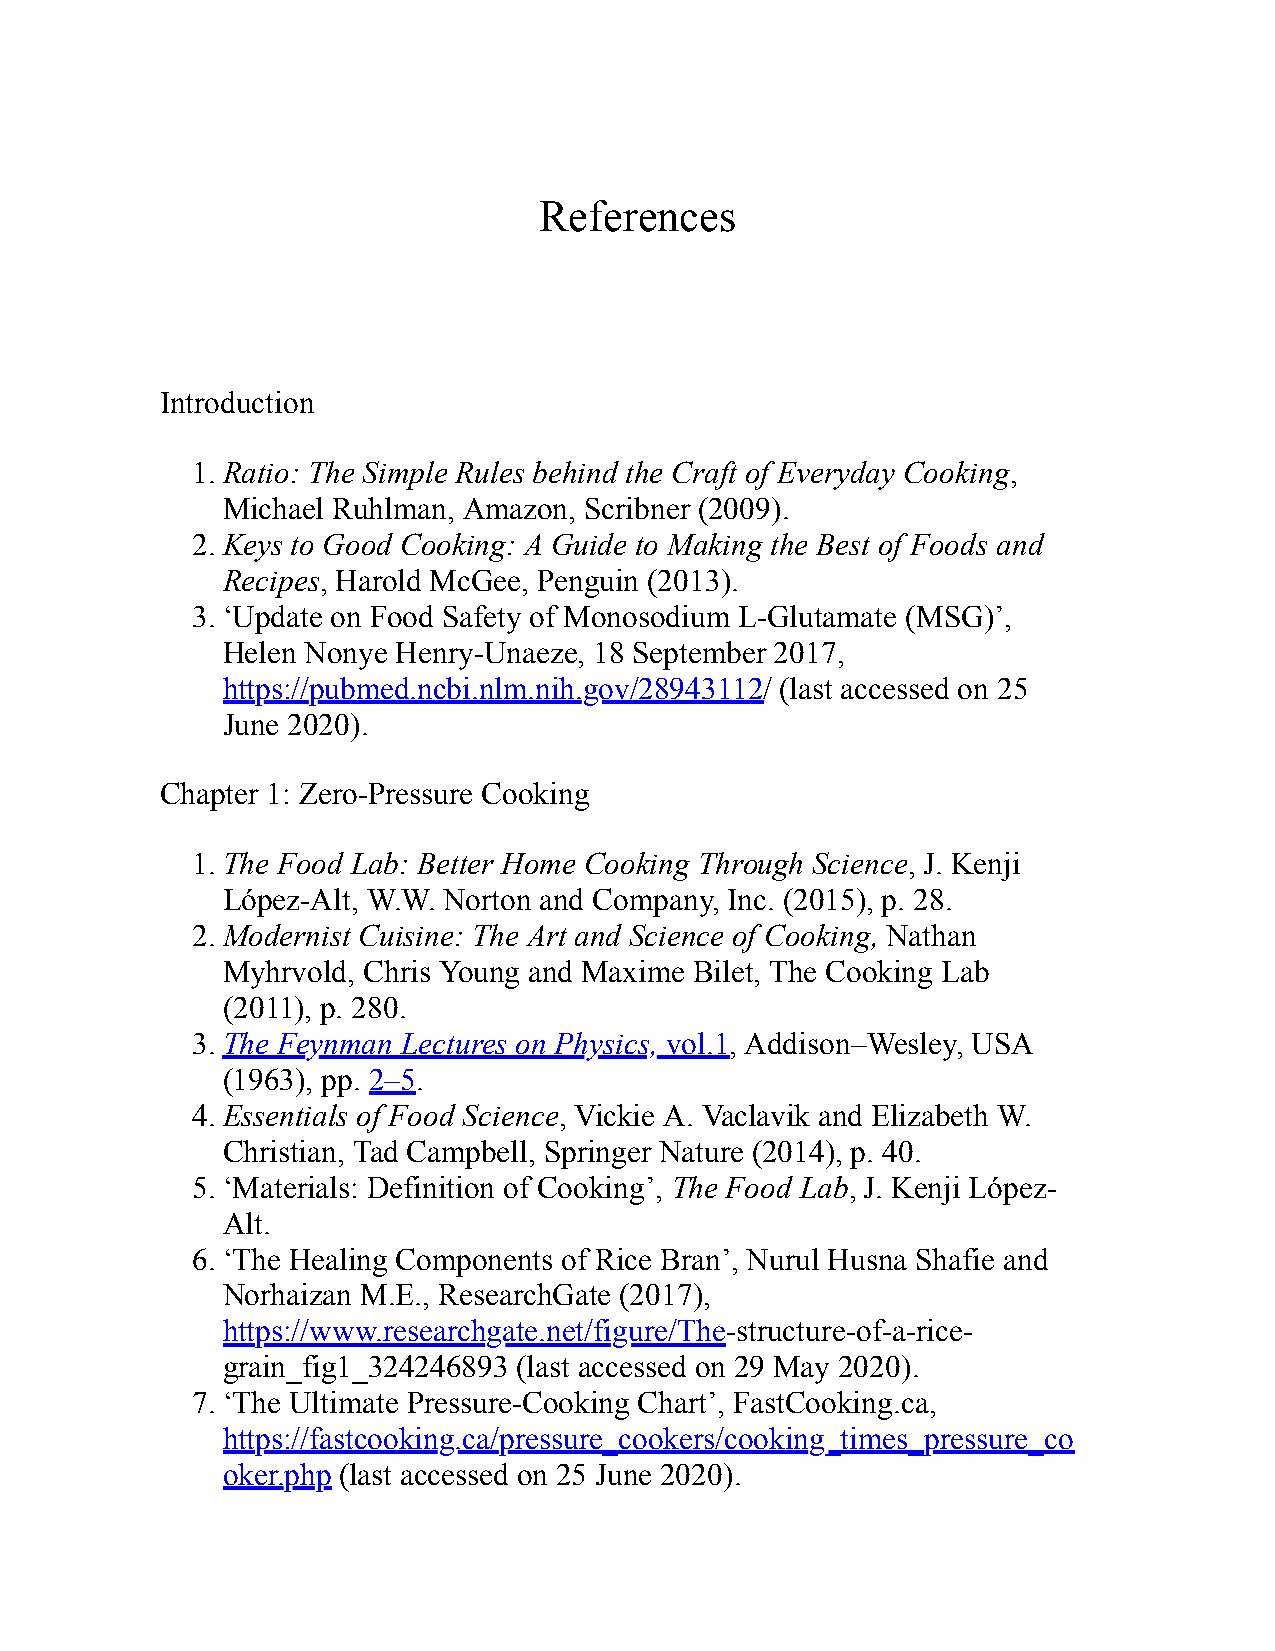
References
 Introduction
 1. Ratio: The Simple Rules behind the Craft of Everyday Cooking,
 Michael Ruhlman, Amazon, Scribner (2009).
 2. Keys to Good Cooking: A Guide to Making the Best of Foods and
 Recipes, Harold McGee, Penguin (2013).
 3. ‘Update on Food Safety of Monosodium L-Glutamate (MSG)’,
 Helen Nonye Henry-Unaeze, 18 September 2017,
 https://pubmed.ncbi.nlm.nih.gov/28943112/ (last accessed on 25
 June 2020).
 Chapter 1: Zero-Pressure Cooking
 1. The Food Lab: Better Home Cooking Through Science, J. Kenji
 López-Alt, W.W. Norton and Company, Inc. (2015), p. 28.
 2. Modernist Cuisine: The Art and Science of Cooking, Nathan
 Myhrvold, Chris Young and Maxime Bilet, The Cooking Lab
 (2011), p. 280.
 3. The Feynman Lectures on Physics, vol.1, Addison–Wesley, USA
 (1963), pp. 2–5.
 4. Essentials of Food Science, Vickie A. Vaclavik and Elizabeth W.
 Christian, Tad Campbell, Springer Nature (2014), p. 40.
 5. ‘Materials: Definition of Cooking’, The Food Lab, J. Kenji López-
 Alt.
 6. ‘The Healing Components of Rice Bran’, Nurul Husna Shafie and
 Norhaizan M.E., ResearchGate (2017),
 https://www.researchgate.net/figure/The-structure-of-a-rice-
 grain_fig1_324246893 (last accessed on 29 May 2020).
 7. ‘The Ultimate Pressure-Cooking Chart’, FastCooking.ca,
 https://fastcooking.ca/pressure_cookers/cooking_times_pressure_co
 oker.php (last accessed on 25 June 2020).